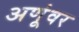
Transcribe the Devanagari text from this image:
अणूंवर